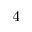
^ 4